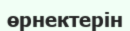
өрнектерін